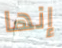
إنها